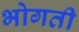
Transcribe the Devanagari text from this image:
भोगती